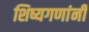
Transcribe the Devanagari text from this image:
शिष्यगणांनी